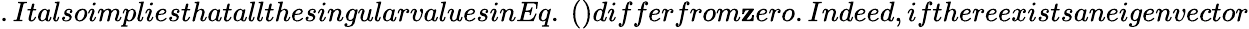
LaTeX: .ItalsoimpliesthatallthesingularvaluesinEq.~()differfrom\mathbf{z}ero.Indeed,ifthereexistsaneigenvector